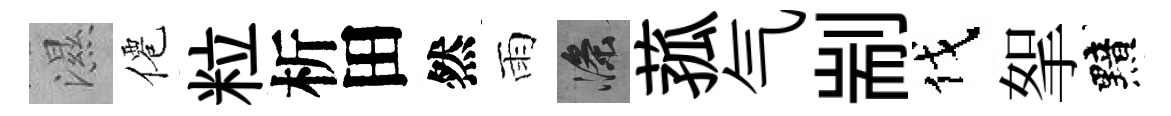
濕僊粒析田然雨滌菰气剬伐挐黯